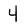
Character: 4